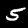
Label: 5